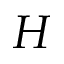
H